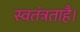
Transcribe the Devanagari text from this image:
स्वतंत्रताहै।